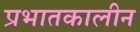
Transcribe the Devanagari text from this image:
प्रभातकालीन